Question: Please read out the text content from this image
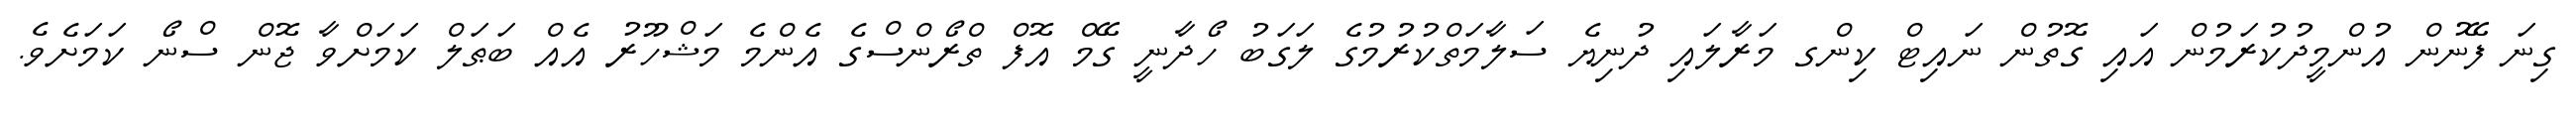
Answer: ގިނަ ފޭނުން އުންމީދުކުރަމުން އައި ގޮތުން ނައިޓް ކިންގ މަރާލައި ދުނިޔެ ސަލާމަތްކުރުމުގެ ލަގަބު ހޯދާނީ ގޭމް އޮފް ތްރޯންސްގެ އެންމެ މަޝްހޫރު އެއް ބަޠަލް ކަމަށްވާ ޖޮން ސްނޯ ކަމަށެވެ.